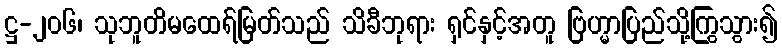
ဋ္ဌ-၂၀၆၊ သုဘူတိမထေရ်မြတ်သည် သိခီဘုရား ရှင်နှင့်အတူ ဗြဟ္မာပြည်သို့ကြွသွား၍